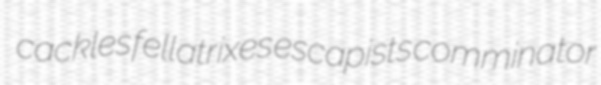
cackles fellatrixes escapists comminator